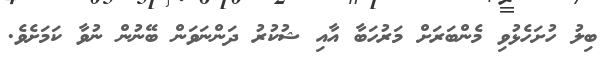
ބިލު ހުށަހެޅުވި މެންބަރަށް މަރުހަބާ އާއި ޝުކުރު ދަންނަވަން ބޭނުން ނުވާ ކަމަށެވެ.